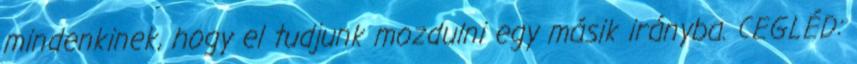
mindenkinek, hogy el tudjunk mozdulni egy másik irányba. CEGLÉD: